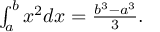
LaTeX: \textstyle \int _ { a } ^ { b } x ^ { 2 } d x = { \frac { b ^ { 3 } - a ^ { 3 } } { 3 } } .